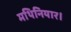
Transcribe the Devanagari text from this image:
मथिनियार।